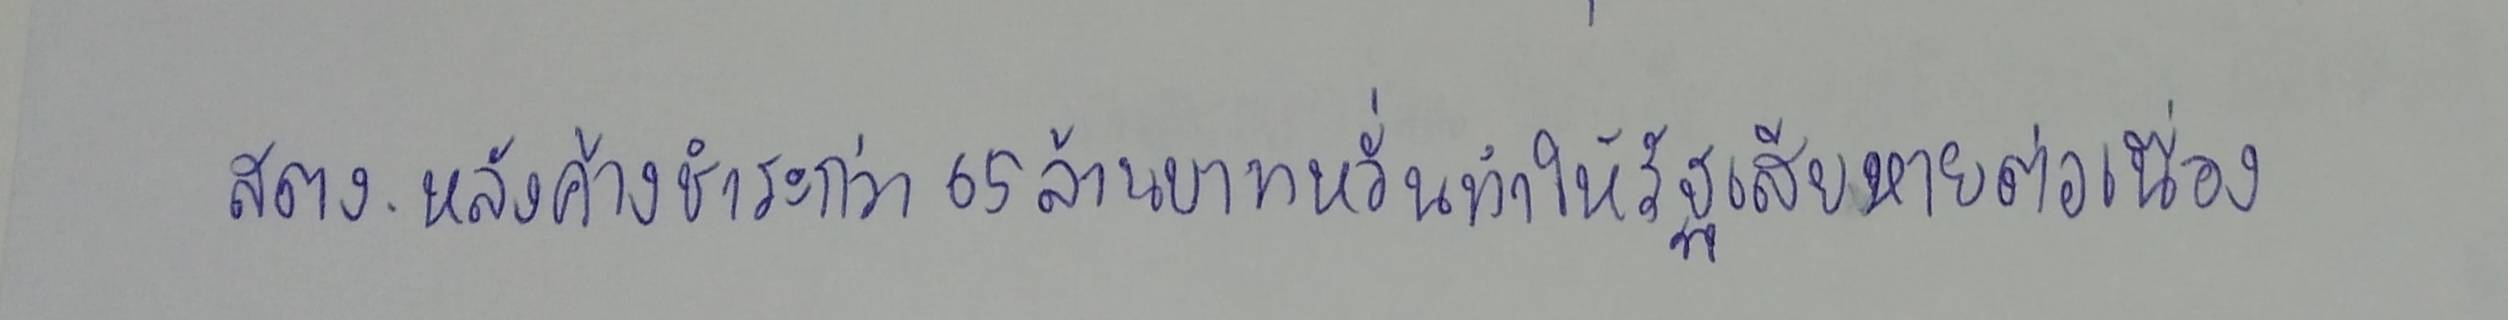
สตง.หลังค้างชำระกว่า65ล้านบาทหวั่นทำให้รัฐเสียหายต่อเนื่อง